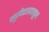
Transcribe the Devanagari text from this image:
भूप्रदेशापासून